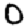
Digit: 0